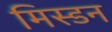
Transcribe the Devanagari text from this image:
मिस्डन